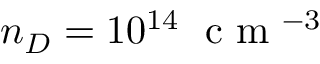
n _ { D } = 1 0 ^ { 1 4 } \; \mathrm { ~ c ~ m ~ } ^ { - 3 }